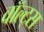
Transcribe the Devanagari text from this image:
वॉल्ट्स